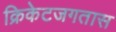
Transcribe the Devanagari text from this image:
क्रिकेटजगतास